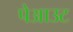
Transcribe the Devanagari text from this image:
पेआउट